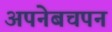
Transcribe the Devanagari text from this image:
अपनेबचपन